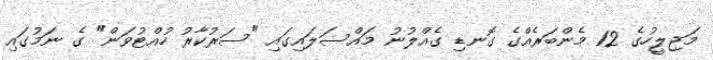
މަޖިލީހުގެ 12 މެންބަރެއްގެ ގޮނޑި ގެއްލުނު މައްސަލައިގައި "ސަރުކާރު ހުއްޓުވަން" ގެ ނަމުގައި